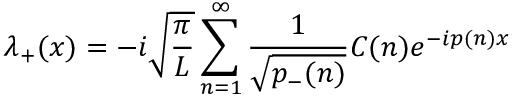
\lambda _ { + } ( x ) = - i \sqrt { { \frac { \pi } { L } } } \sum _ { n = 1 } ^ { \infty } { \frac { 1 } { \sqrt { p _ { - } ( n ) } } } C ( n ) e ^ { - i p ( n ) x }